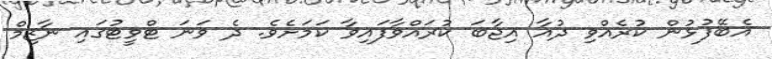
އެބޭފުޅުން ކުރެއްވި ދުއާ އިޖާބަ ކުރައްވާފައިވާ ކަމަށެވެ. ދެ ވަނަ ޓްވީޓުގައި ނާޒިމް